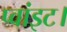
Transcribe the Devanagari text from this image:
प्‍वांइट।